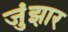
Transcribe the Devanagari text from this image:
जुंझार